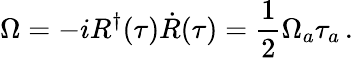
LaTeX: \Omega=-iR^{\dagger}(\tau)\dot{R}(\tau)=\frac 12\Omega_{a}\tau_{a}\, .